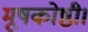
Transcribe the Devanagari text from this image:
मूषकोष्ठी।